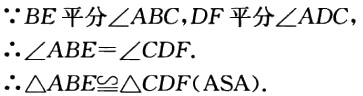
\(\because BE\text{平分}\angle ABC,DF\text{平分}\angle ADC\)

\(\therefore \angle ABE = \angle CDF.\)

\(\therefore \triangle ABE\cong\triangle CDF(\text{ASA}).\)